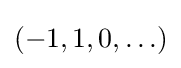
(-1,1,0,\ldots )